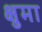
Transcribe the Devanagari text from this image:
क्षुमा